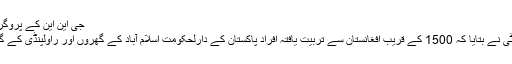
جی این این کے پروگرام ” خبر ہے “ میں سنسنی خیز انکشاف
کرتے ہوئے تجزیہ کار عارف حمید بھٹی نے بتایا کہ 1500 کے قریب افغانستان سے تربیت یافتہ افراد پاکستان کے دارلحکومت اسلام آباد کے گھروں اور راولپنڈی کے گھروں میں اسلحہ سمیت پہنچا دیئے ہیں۔